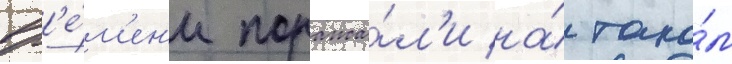
вр'е́м'ен'и поража́л'и на́ тако́м